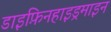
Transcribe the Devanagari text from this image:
डाइफ़िनहाइड्रमाइन